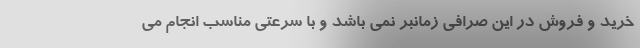
خرید و فروش در این صرافی زمانبر نمی باشد و با سرعتی مناسب انجام می